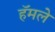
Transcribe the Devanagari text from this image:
हॅमले